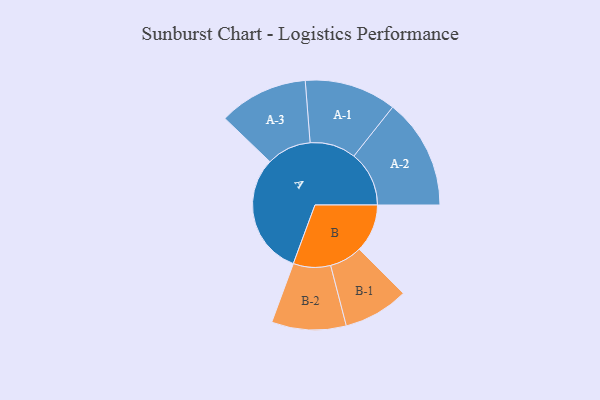
{"axis": {"x": "Segment", "y": "Value"}, "legend": ["", "A", "B"], "data": [{"x": "A", "y": 447, "type": ""}, {"x": "B", "y": 177, "type": ""}, {"x": "A-1", "y": 169, "type": "A"}, {"x": "A-2", "y": 203, "type": "A"}, {"x": "A-3", "y": 164, "type": "A"}, {"x": "B-1", "y": 120, "type": "B"}, {"x": "B-2", "y": 137, "type": "B"}]}